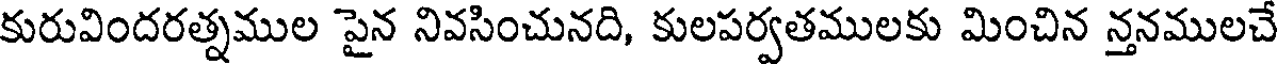
కురువిందరత్నముల పైన నివసించునది, కులపర్వతములకు మించిన న్తనములచే